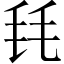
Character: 㲎